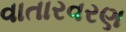
વાતારવરણ